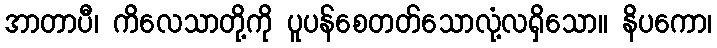
အာတာပီ၊ ကိလေသာတို့ကို ပူပန်စေတတ်သောလုံ့လရှိသော။ နိပကော၊